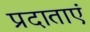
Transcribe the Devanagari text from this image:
प्रदाताएं